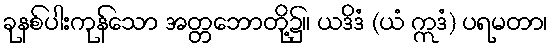
ခုနစ်ပါးကုန်သော အတ္တဘောတို့၌။ ယဒိဒံ (ယံ ဣဒံ) ပရမတာ၊